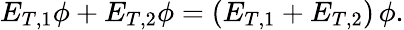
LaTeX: E_{T,1}\phi+E_{T,2}\phi=(E_{T,1}+E_{T,2})\, \phi.